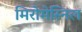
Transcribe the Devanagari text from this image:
मिरोमेस्निल